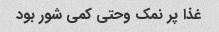
غذا پر نمک وحتی کمی شور بود